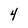
Character: 4